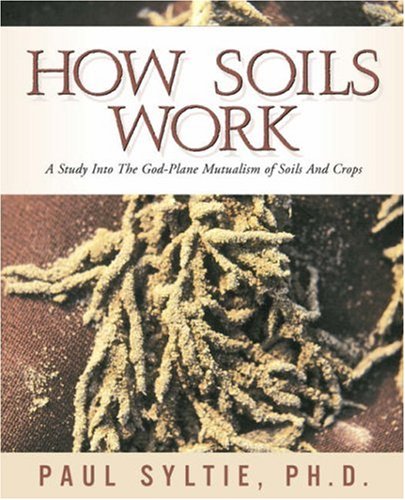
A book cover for How Soils Work; Paul W. Syltie; Science & Math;